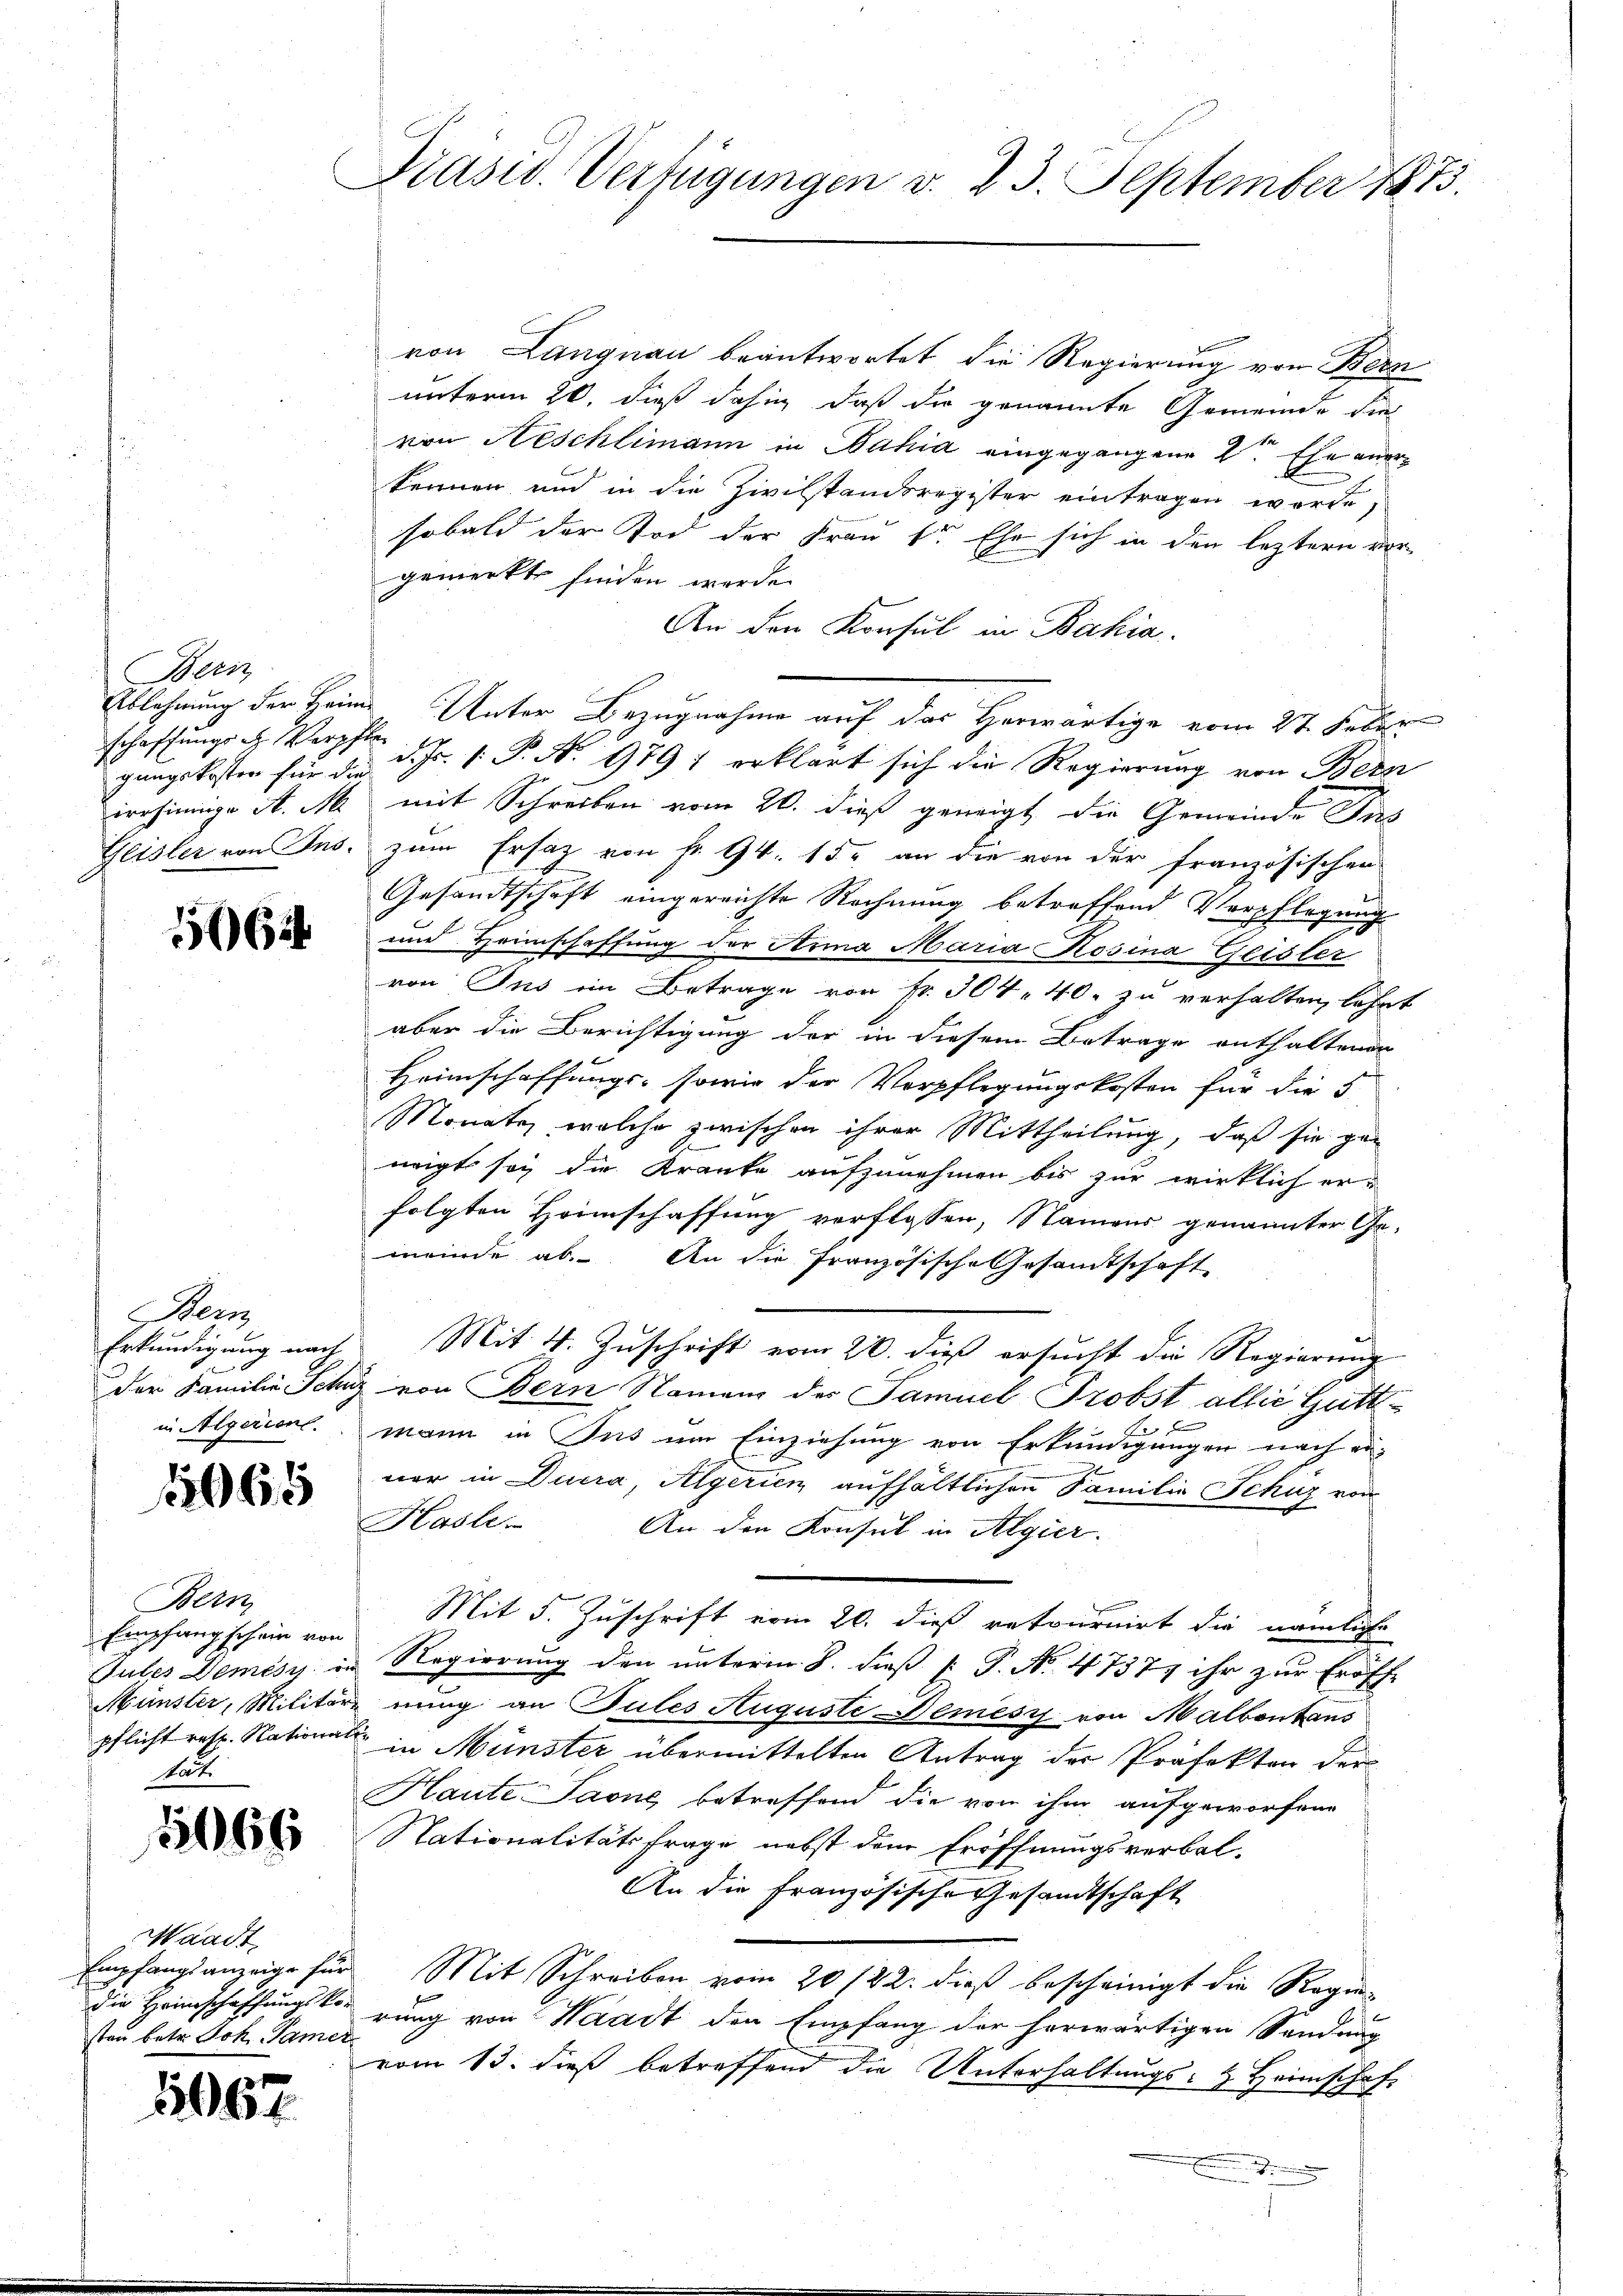
Bern
schaffungs ich Verpfle
irrsinnige A. M
Geister von Ins

566

Hen
Erkundigung nach
in Algerient.

1065

Bern
Empfang schein von
Jules Demess
Münster, Militär.
pflicht roth. National

1066

Waadt,
Empfangsanzeige für
die Heimschaffungskon
sten betr. Joh. Kamer

1067

Präsid. Verfügungen v. 23. September 1873.

von Langnau beantwortet die Regierung von Bern
unterm 20. dieß dahin, daß die genannte Gemeinde die
von Aeschlimann in Nahia eingegangene L. Ehe anerkennen und in die Zivilstandsregister eintragen werde,
sobald der Tod der Frau 1r Ehe sich in den leztern vorgemerkt finden werde.
An den Konsul in Bahia
Ablehnung der Heim Unter Bezugnahme auf das Herwärtige vom 27. Feber
gangskosten für d. d. Js. 1. P. No. 979) erklärt sich die Regierung von Bern
mit Schreiben vom 20. dieß geneigt die Gemeinde Jus
zum Ersatz von Fr. 94. 15. an die von der französischen
Gesandtschaft eingereichte Rechnung betreffend Verpflegung
und Heimschaffung der Arma Maria Rosina Geister
von Ins im Betrage von Fr. 304. 40. zu verhalten, lehnt
aber die Berichtigung der in diesem Betrage enthaltenen
Heimschaffungs- sowie der Verpflegungskosten für die 5
Monate, welche zwischen ihrer Mittheilung, daß sie geneigt sey die Kranke aufzunehmen bis zur wirklich er-
folgten Heimschaffung verflossen, Namens genannter Ge-
meinde ab. An die französische Gesamtschaft
Mit 4. Zuschrift vom 20. dieß ersucht die Regierung
der Familie Schuz von Bern Namens des Samuel Probst allié Guttmann in Sus um Einziehung von Erkundigungen nach ei-
ner in Duera, Algerien aufhältlichen Familie Schuz von
Hasle.
An den Konsul in Algier
Mit 5. Zuschrift vom 20. dieß retournirt die nämliche
Regierung den unterm 8. dieß P. No. 47377 ihr zur Eröff-
nung an Tules Auguste Demesz von Malbertaus
in Münster übermittelten Antrag der Präfekten der
Haute Jaone, betreffend die von ihm aufgeworfene
Nationalitätsfrage nebst dem Eröffnungsverbal-
An die Französische Gesandtschaft
Mit Schreiben vom 20/22. dieß bescheinigt die Regierung von Waadt den Empfang der herwärtigen Sendung
vom 13. dieß betreffend die Unterhaltungs- & Heims-
eh
.